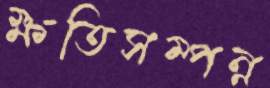
ক্ষতিসম্পন্ন